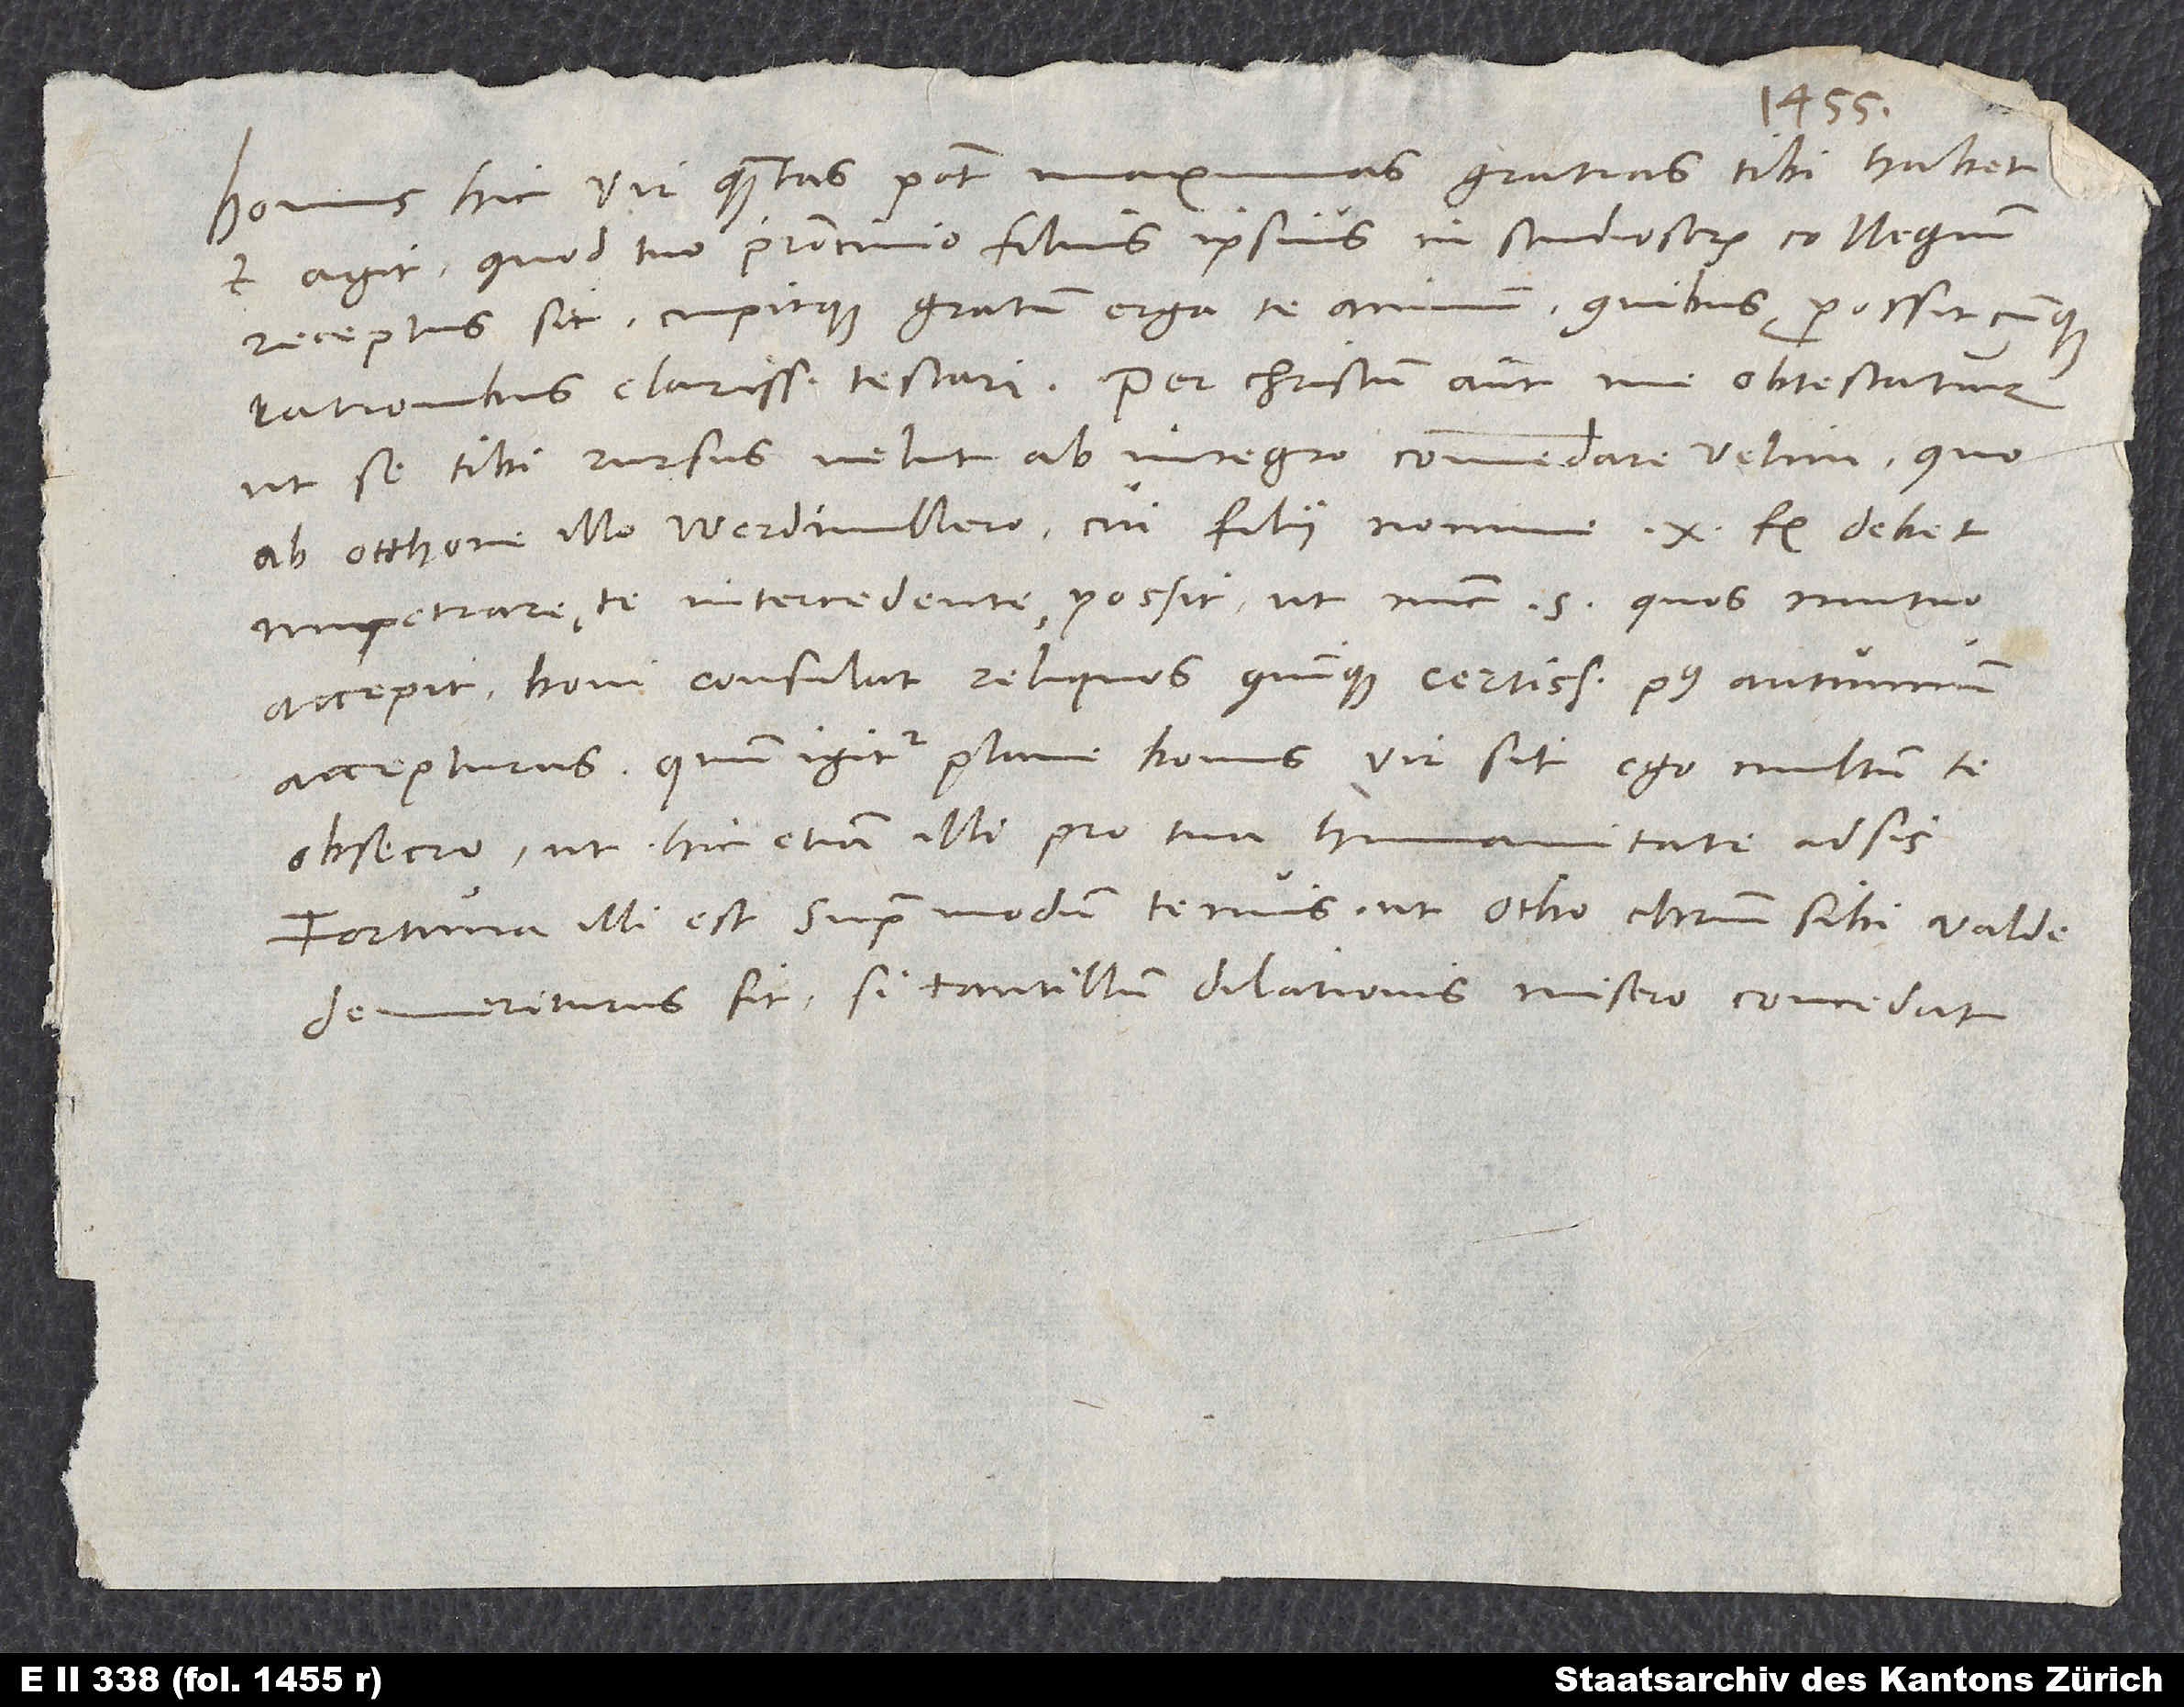
Bonus hic vir, quantas potest, maximas gratias tibi habet
et agit, quod tuo patrocinio filius ipsius in studiosorum collegium
receptus sit, cupitque gratum erga te animum, quibuscunque
ut se tibi rursus velut ab integro commendare velim, quo
ab Otthone illo Werdmullero, cui filii nomine 10 florenos debet,
impetrare te intercedente possit, ut nunc 5 (quos mutuo
accepit) boni consulat, reliquos quinque certissime post autumnum
accepturus. Quum igitur plane bonus vir sit, ego multum te
obsecro, ut hic etiam illi pro tua humanitate adsis.
Fortuna illi est supra modum tenuis, ut Otho Christum sibi valde
demeriturus sit, si tantillum dilationis misero concedat.